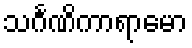
သင်္ဂဏိကာရာမော